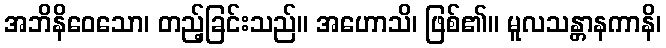
အဘိနိဝေသော၊ တည့်ခြင်းသည်။ အဟောသိ၊ ဖြစ်၏။ မူလသန္တာနကာနိ၊